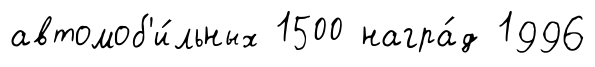
автомоб'и́льных 1500 награ́д 1996